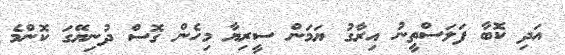
އަދި ކޮބާ ފަލަސްތީނު އިރާގު ޔަމަން ސީރިޔާ މިހެން ގޮސް ދުނިޔޭގަ ކޮންމެ